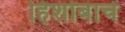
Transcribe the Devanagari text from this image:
हिशोबाचे